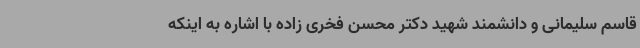
قاسم سلیمانی و دانشمند شهید دکتر محسن فخری زاده با اشاره به اینکه